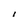
Character: I